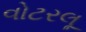
વોટરલૂ